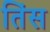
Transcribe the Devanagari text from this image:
तिंस